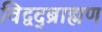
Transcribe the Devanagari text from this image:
विद्वद्ब्राह्मण